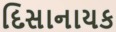
દિસાનાયક